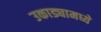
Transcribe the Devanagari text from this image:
उकाड्यामध्ये